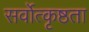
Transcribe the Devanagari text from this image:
सर्वोत्कृष्ठता